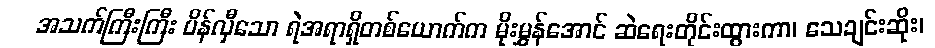
အသက်ကြီးကြီး ပိန်လှီသော ရဲအရာရှိတစ်ယောက်က မိုးမွှန်အောင် ဆဲရေးတိုင်းထွားကာ၊ သေချင်းဆိုး၊